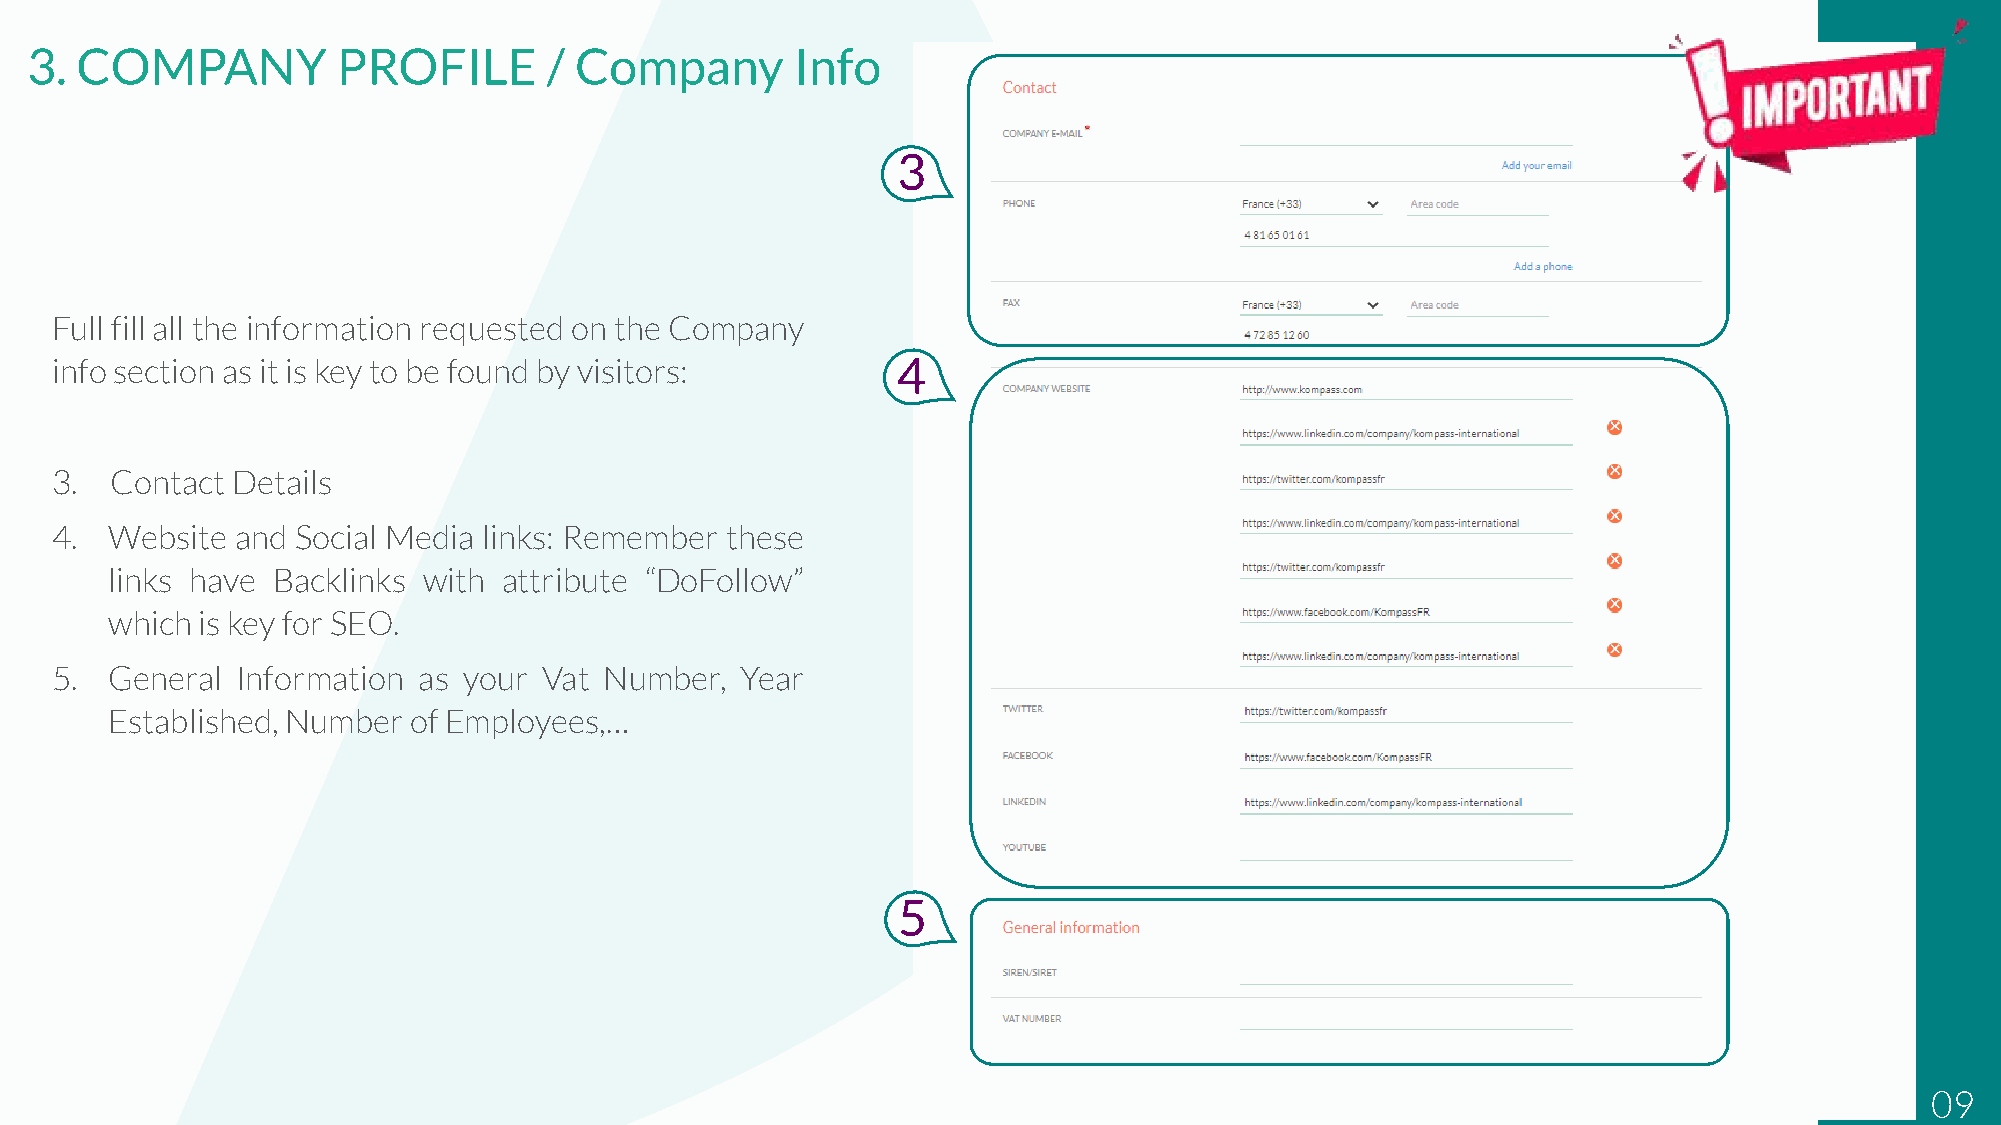
3. COMPANY          PROFILE       / Company        Info
 3
 Full fill all the information requested on the Company
 info section as it is key to be found by visitors:      4
 3.  Contact Details
 4.  Website  and Social Media links: Remember these
 links have Backlinks with attribute “DoFollow”
 whichis key for SEO.
 5.  General  Information as your Vat Number,  Year
 Established,Number  of Employees,…
 5
 09